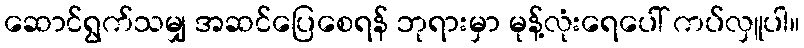
ဆောင်ရွက်သမျှ အဆင်ပြေစေရန် ဘုရားမှာ မုန့်လုံးရေပေါ် ကပ်လှူပါ။